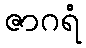
ဇာဂရံ